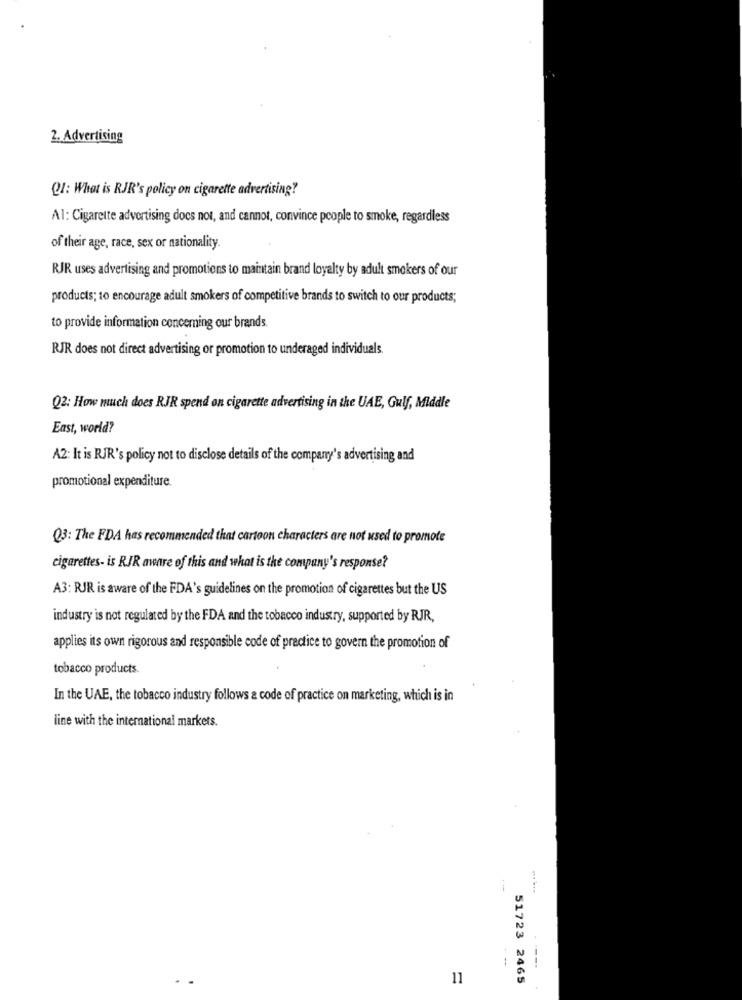
2. Advertising
Q1: What is RJR's policy on cigarette advertising?
Al: Cigarette advertising docs not, and cannot, convince people to smoke, regardless
of their age, race, sex or nationality.
RJR uses advertising and promotions to maintain brand loyalty by adult smokers of our
products; to encourage adult smokers of competitive brands to switch to our products;
to provide information concerning our brands.
RJR does not direct advertising or promotion to underaged individuals.
Q2: How much does RJR spend on cigarette advertising in the UAE, Gulf, Middle
East, world?
A2: It is RJR's policy not to disclose details of the company's advertising and
promotional expenditure.
Q3: The FDA has recommended that cartoon characters are not used to promote
cigarettes- is RJR aware of this and what is the company's response?
A3: RJR is aware of the FDA's guidelines on the promotion of cigarettes but the US
industry is not regulated by the FDA and the tobacco industry, supported by RJR,
applies its own rigorous and responsible code of practice to govern the promotion of
tobacco products.
In the UAE, the tobacco industry follows a code of practice on marketing, which is in
line with the international markets.
11
51723 2465